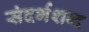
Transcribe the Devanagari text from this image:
संदर्भशब्द